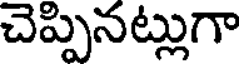
చెప్పినట్లుగా